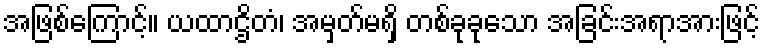
အဖြစ်ကြောင့်။ ယထာဌိတံ၊ အမှတ်မရှိ တစ်ခုခုသော အခြင်းအရာအားဖြင့်